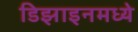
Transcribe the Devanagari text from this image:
डिझाइनमध्ये